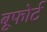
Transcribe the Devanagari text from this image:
बूफोर्ट